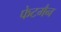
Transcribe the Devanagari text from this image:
फेटमैन